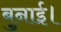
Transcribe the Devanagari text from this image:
बुनाई।